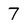
Character: 7